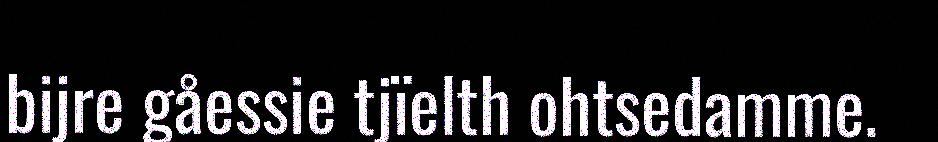
bijre gåessie tjïelth ohtsedamme.